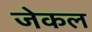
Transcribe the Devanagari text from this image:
जेकल